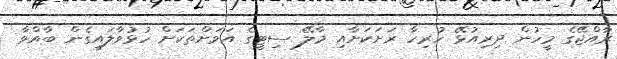
ރާއްޖޭގެ މީހުން ދިރިއުޅޭ ހުރިހާ ރަށަކަށާއި މާލޭ ސިޓީގެ އަވަށްތަކަށް ހުޅުވާލައިގެން ބާއްވާ